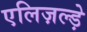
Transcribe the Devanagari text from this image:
एलिज़ल्ड़े